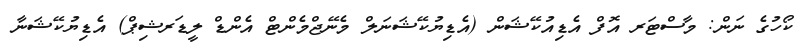
ކޯހުގެ ނަން: މާސްޓަރ އޮފް އެޑިއުކޭޝަން (އެޑިޔުކޭޝަނަލް މެނޭޖްމެންޓް އެންޑް ލީޑަރޝިޕް) އެޑިޔުކޭޝަނާ